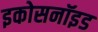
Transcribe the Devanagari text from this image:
इकोसनॉइड